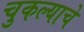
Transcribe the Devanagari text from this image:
चुकल्याचे